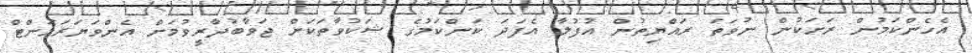
އެހެންކަމުން ރަށަކުން ނުވަތަ ރައްޔިތުން އުފުލާ އެފަދަ ކަންކަމުގެ ޝަކުވާތަކަށް ޖަވާބުދާރީވުމަށް އެންވަޔަރަމަންޓް